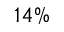
1 4 \%